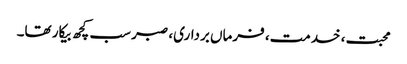
محبت، خدمت، فرماں برداری، صبر سب کچھ بیکار تھا۔